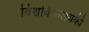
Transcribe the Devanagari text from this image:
विश्वविधालयकी